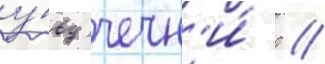
у́вд чечн'и́ с //